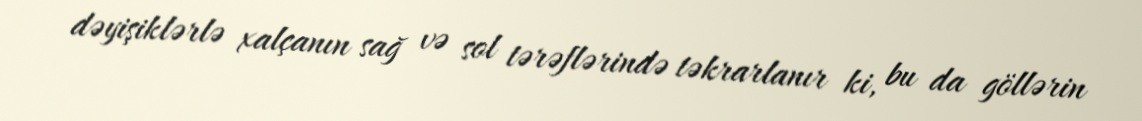
dəyişiklərlə xalçanın sağ və sol tərəflərində təkrarlanır ki, bu da göllərin